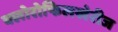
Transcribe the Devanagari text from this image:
क्लोरोफिलखेरीज